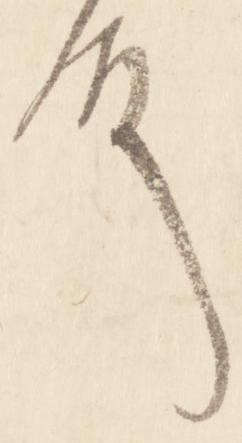
殿